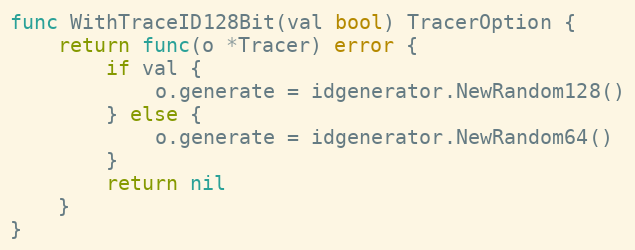
Language: Go
func WithTraceID128Bit(val bool) TracerOption {
	return func(o *Tracer) error {
		if val {
			o.generate = idgenerator.NewRandom128()
		} else {
			o.generate = idgenerator.NewRandom64()
		}
		return nil
	}
}